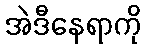
အဲဒီနေရာကို